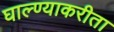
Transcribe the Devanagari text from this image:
घाल्ण्याकरीता